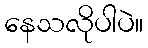
နေသလိုပါပဲ။